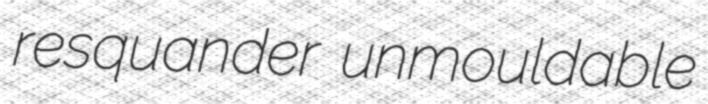
resquander unmouldable